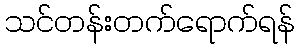
သင်တန်းတက်ရောက်ရန်